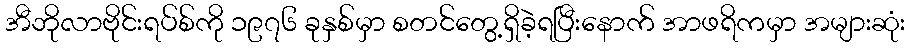
အီဘိုလာဗိုင်းရပ်စ်ကို ၁၉၇၆ ခုနှစ်မှာ စတင်တွေ့ရှိခဲ့ရပြီးနောက် အာဖရိကမှာ အများဆုံး